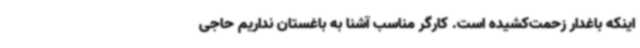
اینکه باغدار زحمت‌کشیده است. کارگر مناسب آشنا به باغستان نداریم حاجی